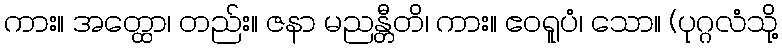
ကား။ အတ္ထော၊ တည်း။ ဇနာ မညန္တီတိ၊ ကား။ ဧဝရူပံ၊ သော။ (ပုဂ္ဂလံသို့